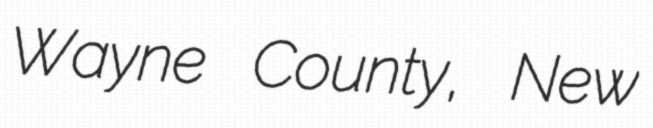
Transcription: Wayne County, New